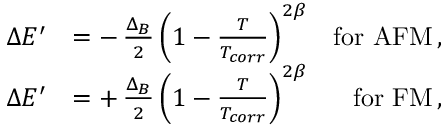
\begin{array} { r l r } { \Delta E ^ { \prime } } & { = - \, \frac { \Delta _ { B } } { 2 } \left( 1 - \frac { T } { T _ { c o r r } } \right) ^ { 2 \beta } } & { \mathrm { f o r ~ A F M } \, , } \\ { \Delta E ^ { \prime } } & { = + \, \frac { \Delta _ { B } } { 2 } \left( 1 - \frac { T } { T _ { c o r r } } \right) ^ { 2 \beta } } & { \mathrm { f o r ~ F M } \, , } \end{array}